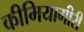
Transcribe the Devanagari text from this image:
कीमियागीरी